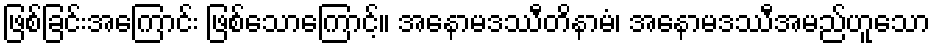
ဖြစ်ခြင်းအကြောင်း ဖြစ်သောကြောင့်။ အနောမဒဿီတိနာမံ၊ အနောမဒဿီအမည်ဟူသော